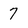
Character: 7